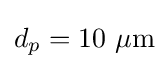
d_{p}=10~\mu {\text{m}}